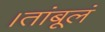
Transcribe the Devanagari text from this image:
।तांबूलं